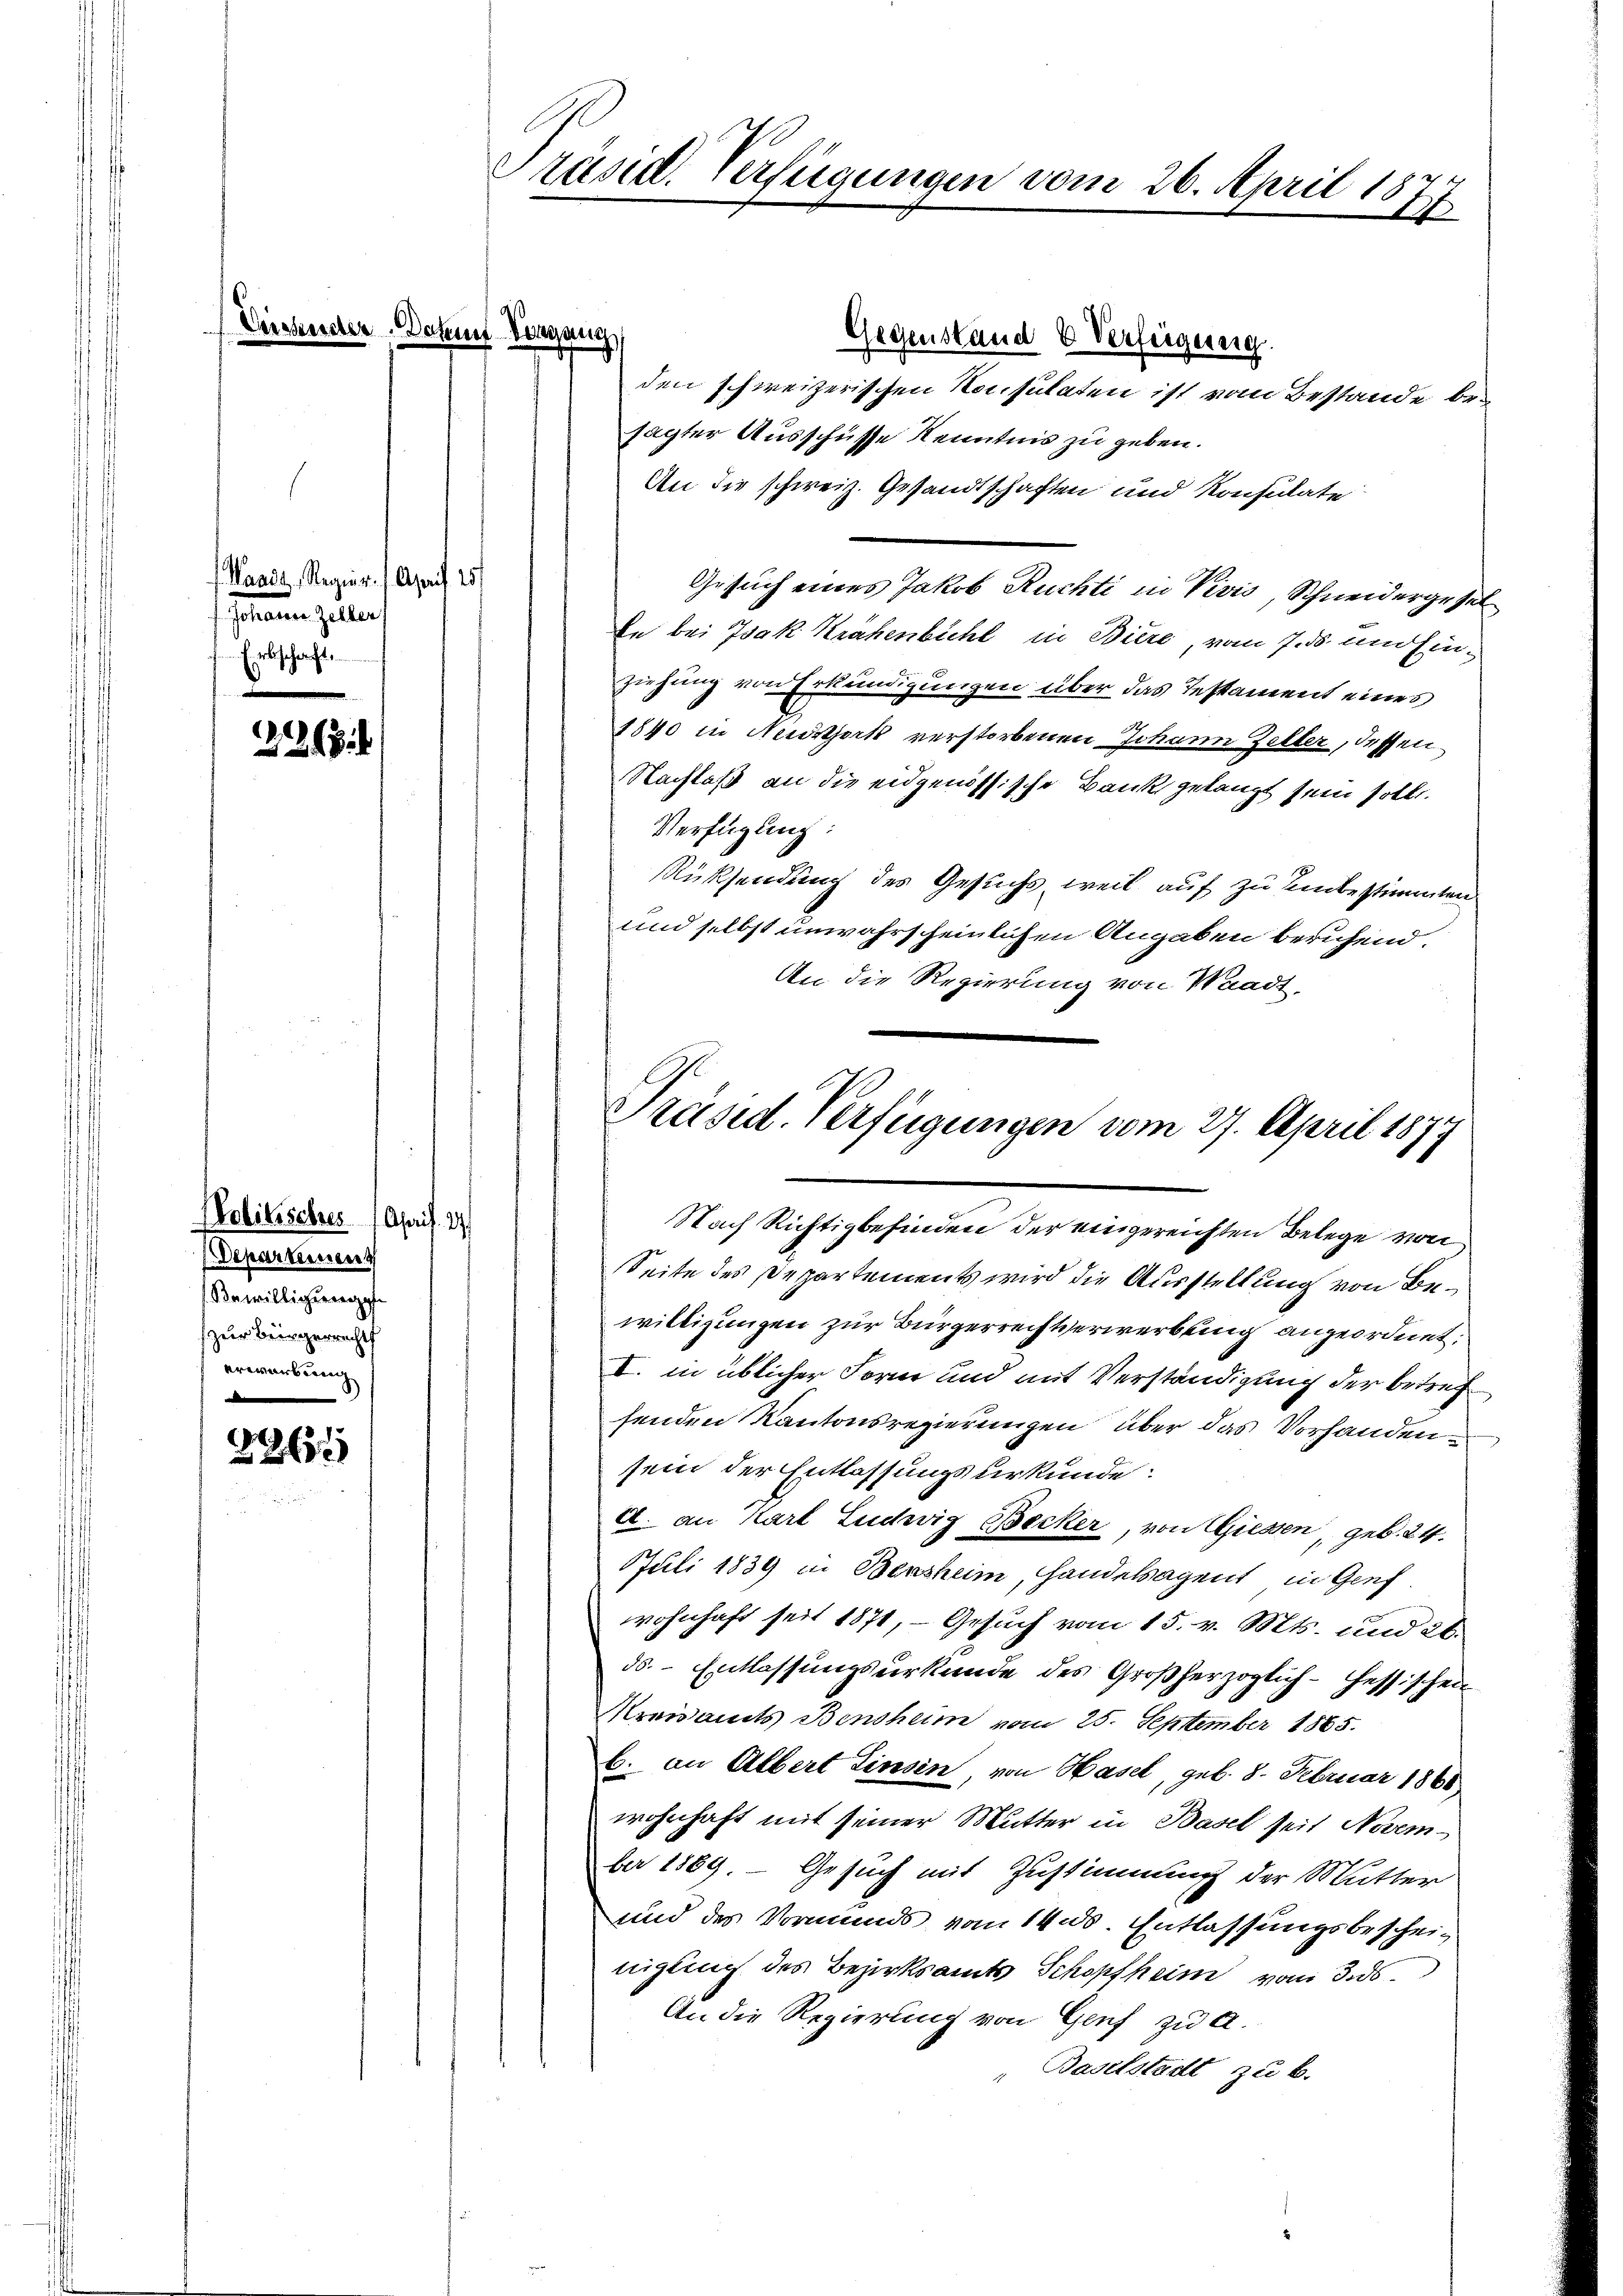
Waadt, Regier. /. April 25.
Jennen Zellen,
Erbschaft.

268

Mobilisches 1 April. 37
Departement
Bewilligungen
zur Bringerrechts
erwerbung
e

32651

Gegenstand & Verfügung.
den schweizerischen Konsulaten ist vom Bestande besagter Ausschüsse Kenntnis zu geben.
An die schweiz. Gesandtschaften und Konsulate
Gesuch eines Jakob Ruchti in Vivis, Schneidergesel¬
En bei Isak Krähenbichl in Biere, vom 7. ds und Einziehung von Erkundigungen über das Testament eines
1840 in Neidstock verstorbenen Johann Zeller, dessen
Nachlaß an die eidgenössische Bank gelangt sein soll.
Verfügung:
Rücksendung des Gesuchs, weil auf zu bestimmten
und selbst unwahrscheinlichen Angaben beruhend.
An die Regierung von Waadt,
Seite des Departements wird die Ausstellung von Bewilligungen zur Bürgerrechtserwerbung angeordnet:
I. in üblicher Form und mit Verständigung der betrefsenden Kantonsregierungen über das Vorhandensein der Entlassungsurkunde:
A. an Karl Ludwiz Becker, von Giessen, geb. 24.
Puli 1839 in Bensheim, Handelsagent in Genf
wohnhaft seit 1871, - Gesuch vom 15. v. Mts. und 26.
ds. - Entlassungsurkunde des Großherzoglich-Hessischen
Kreisamts Bensheim vom 25. September 1865.
6. an Albert Zinsen von Hasel, geb. 8. Februar 1860
wohnhaft mit seiner Mutter in Basel seit Novembe 1889 - Gesuch mit Zustimmung der Mutter
und des Vormunds vom 14. ds. Entlassungsbescheinigung des Bezirksamts Schopfheim vom 3. ds.
An die Regierung von Genf zu a.
" Baselstadt zu B.

räsid. Verfügungen vom 26. April 18.
1

de. Sohne Vorgang

Präsid. Verfügungen vom 27. April 1877
Nach Richtigbefinden der eingereichten Belege von